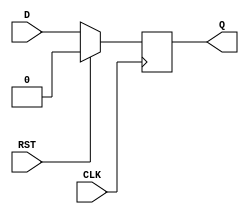
module synchronous_register (
    input wire D,       // Data input
    input wire CLK,     // Clock input
    input wire RST,     // Synchronous reset
    output reg Q        // Data output
);

// Always block triggered on the rising edge of the clock
always @(posedge CLK) begin
    if (RST) begin
        Q <= 1'b0;      // Reset output to 0
    end else begin
        Q <= D;         // Capture data input
    end
end

endmodule